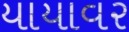
યાયાવર